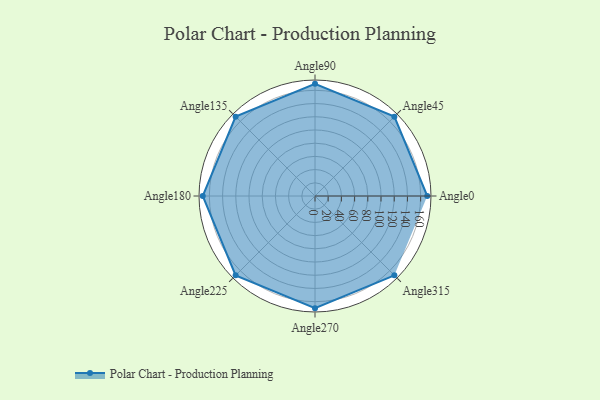
{"axis": {"x": "Angle", "y": "Radius"}, "legend": [""], "data": [{"x": "Angle0", "y": 170, "type": ""}, {"x": "Angle45", "y": 170, "type": ""}, {"x": "Angle90", "y": 170, "type": ""}, {"x": "Angle135", "y": 170, "type": ""}, {"x": "Angle180", "y": 170, "type": ""}, {"x": "Angle225", "y": 170, "type": ""}, {"x": "Angle270", "y": 170, "type": ""}, {"x": "Angle315", "y": 170, "type": ""}]}